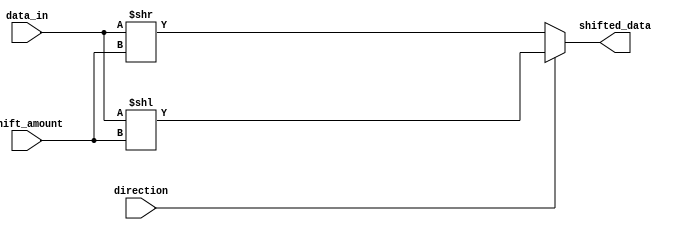
module Barrel_Shifter (
    input [7:0] data_in,
    input [2:0] shift_amount,
    input direction,
    output [7:0] shifted_data
);

wire [7:0] temp_data;

assign temp_data = (direction) ? data_in << shift_amount : data_in >> shift_amount;
assign shifted_data = temp_data;

endmodule